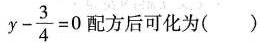
$$y - \frac { 3 } { 4 } = 0$$配方后可化为()